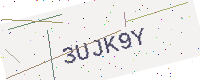
Text: 3UJK9Y